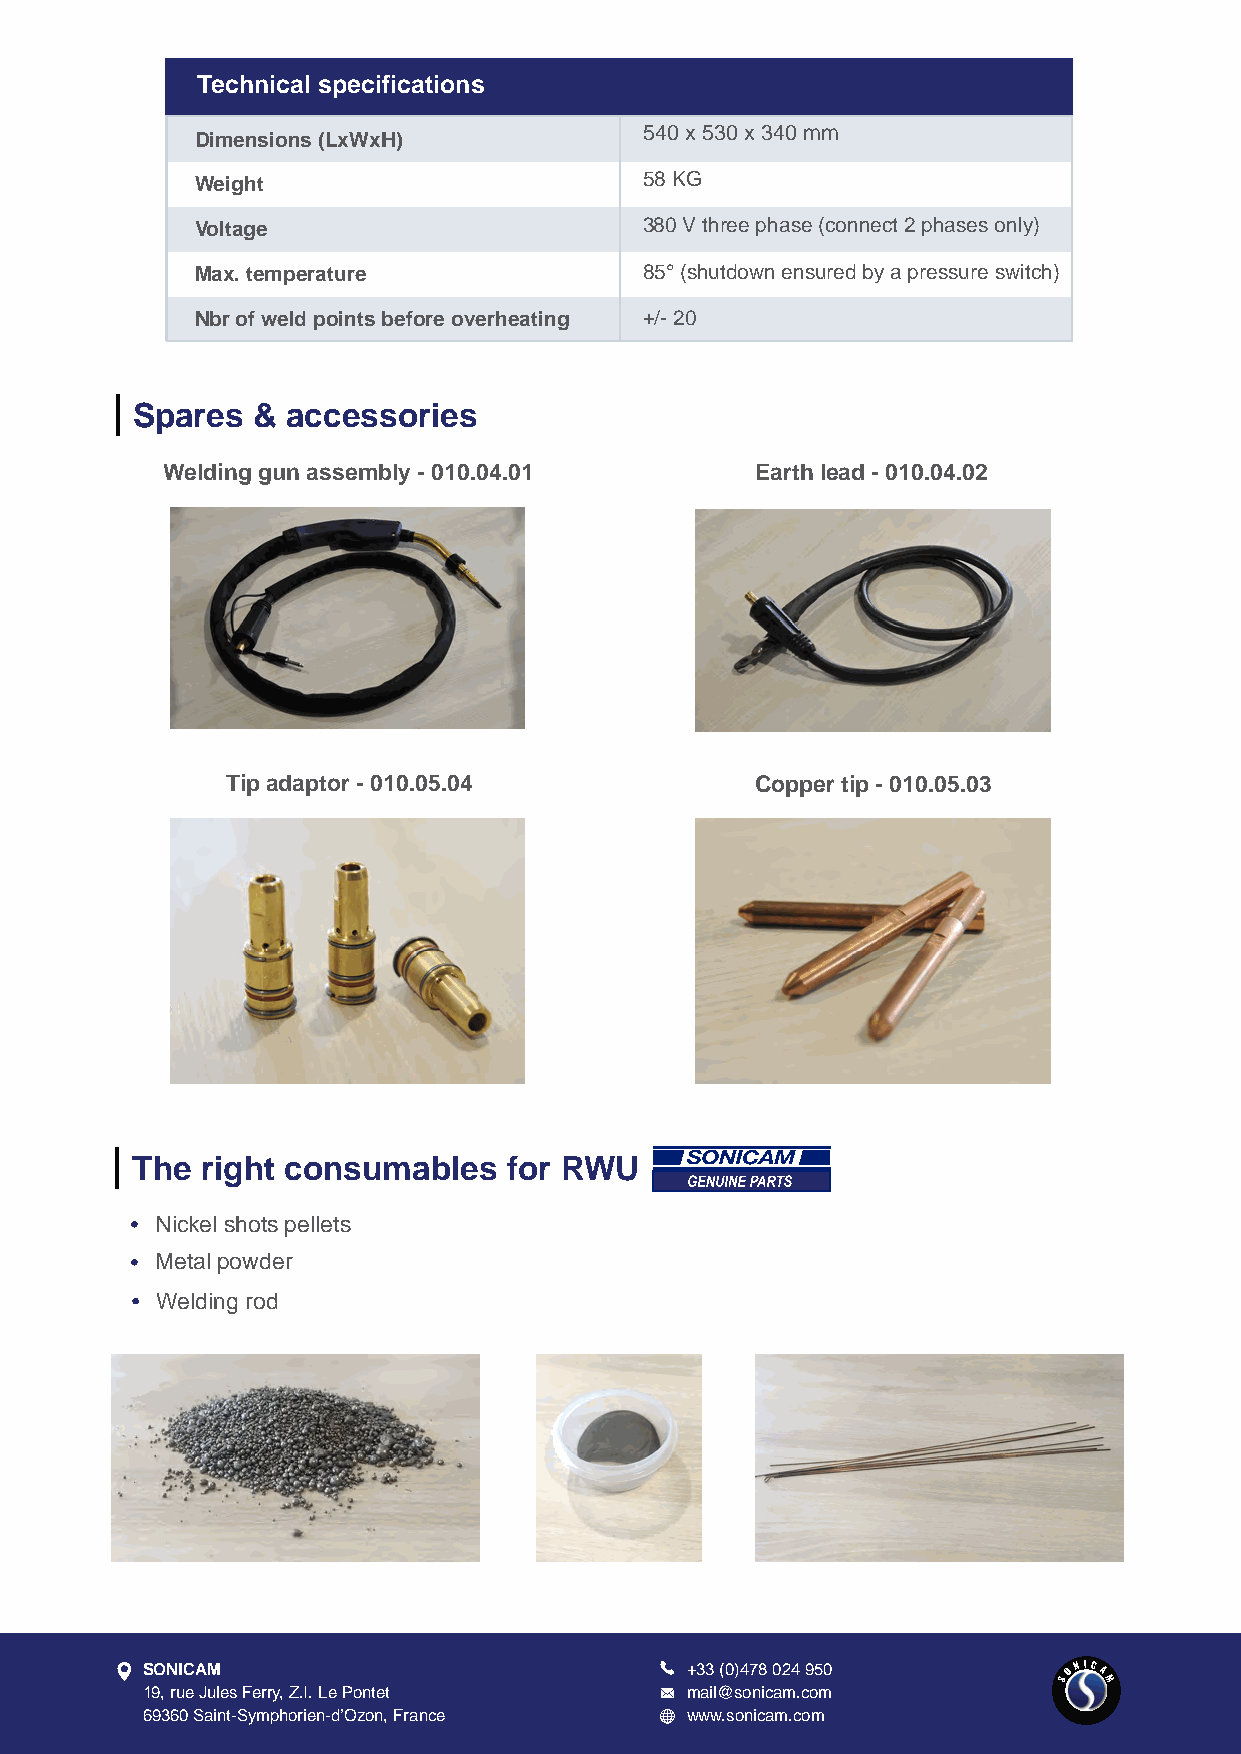
Technical specifications
 540 x 530 x 340 mm
 Dimensions (LxWxH)
 58 KG
 Weight
 Voltage                       380 V three phase (connect 2 phases only)
 Max. temperature              85° (shutdown ensured by a pressure switch)
 Nbr of weld points before overheating +/- 20
 Spares  & accessories
 Welding gun assembly - 010.04.01       Earth lead - 010.04.02
 Tip adaptor - 010.05.04            Copper tip - 010.05.03
 The right consumables    for RWU
 Nickel shots pellets
 Metal powder
 Welding rod
 SONICAM                             +33 (0)478 024 950        ONICA
 S  M
 19, rue Jules Ferry, Z.I. Le Pontet mail@sonicam.com
 69360 Saint-Symphorien-d’Ozon, France www.sonicam.com